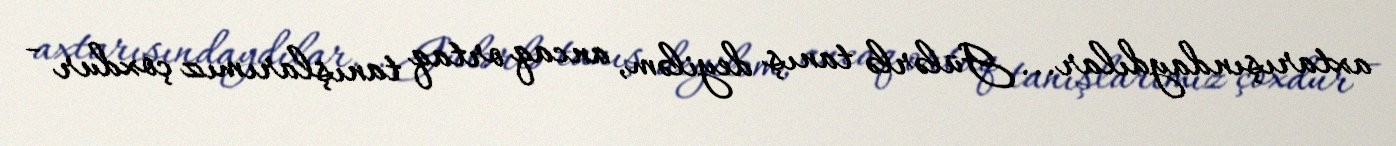
axtarışındaydılar... Gülərlə tanış deyiləm, ancaq ortaq tanışlarımız çoxdur -